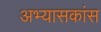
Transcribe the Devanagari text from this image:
अभ्यासकांस